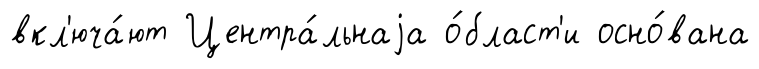
вкл'юча́ют Центра́льнаjа о́бласт'и осно́вана